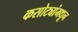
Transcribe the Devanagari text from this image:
कसोट्यांमधून